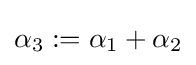
\alpha _{3}:=\alpha _{1}+\alpha _{2}